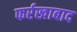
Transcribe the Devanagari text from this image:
फर्रखाबाद